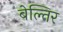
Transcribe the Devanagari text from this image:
बेल्तिर